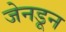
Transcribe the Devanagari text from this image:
जेनडून